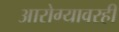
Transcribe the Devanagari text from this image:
आरोग्यावरही